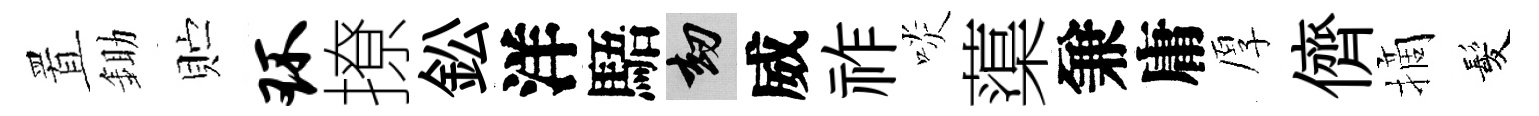
置鋤贮环撩鈆洋䮏劫威祚啖蕖兼庸厚儕摘髪